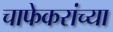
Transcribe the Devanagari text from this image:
चाफेकरांच्या